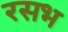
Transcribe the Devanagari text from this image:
रसभ